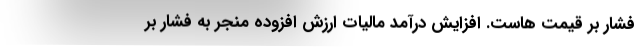
فشار بر قیمت هاست. افزایش درآمد مالیات ارزش افزوده منجر به فشار بر